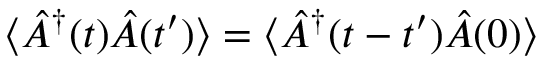
\langle \hat { A } ^ { \dagger } ( t ) \hat { A } ( t ^ { \prime } ) \rangle = \langle \hat { A } ^ { \dagger } ( t - t ^ { \prime } ) \hat { A } ( 0 ) \rangle